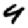
Digit: 4